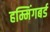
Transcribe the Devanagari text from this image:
हम्मिंगबर्ड